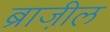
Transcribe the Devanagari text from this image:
ब्राजी़ल